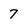
Character: 7